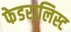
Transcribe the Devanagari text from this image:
फेडरालिस्ट